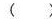
( )